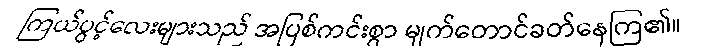
ကြယ်ပွင့်လေးများသည် အပြစ်ကင်းစွာ မျက်တောင်ခတ်နေကြ၏။